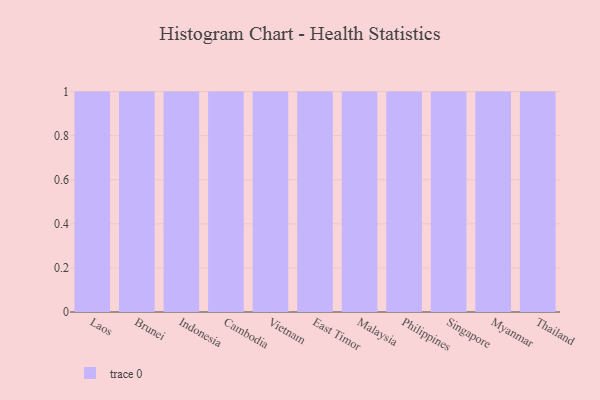
{"axis": {"x": "Country", "y": "Production Output"}, "legend": [""], "data": [{"x": "Laos", "y": 33, "type": ""}, {"x": "Brunei", "y": 67, "type": ""}, {"x": "Indonesia", "y": 21, "type": ""}, {"x": "Cambodia", "y": 33, "type": ""}, {"x": "Vietnam", "y": 27, "type": ""}, {"x": "East Timor", "y": 58, "type": ""}, {"x": "Malaysia", "y": 6, "type": ""}, {"x": "Philippines", "y": 12, "type": ""}, {"x": "Singapore", "y": 63, "type": ""}, {"x": "Myanmar", "y": 75, "type": ""}, {"x": "Thailand", "y": 24, "type": ""}]}